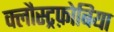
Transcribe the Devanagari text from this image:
क्लौस्ट्रफ़ोबिया